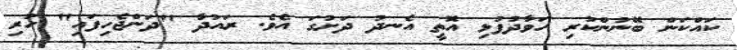
ކައްކަން ބޭނުންކުރި ހަވާދުފުޅި އޮތީ އެނދު ދަށުގަ އެވެ. ރައުދާ "ދަންޖެހިފައި" ހުރި